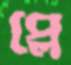
প্লে